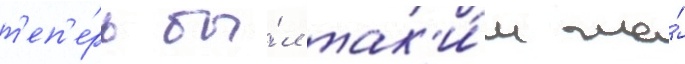
т'еп'е́рь бы́л так'и́м же́